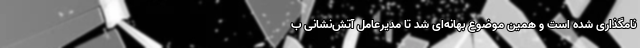
نامگذاری شده است و همین موضوع بهانه‌ای شد تا مدیرعامل آتش‌نشانی ب